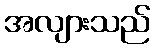
အလျားသည်